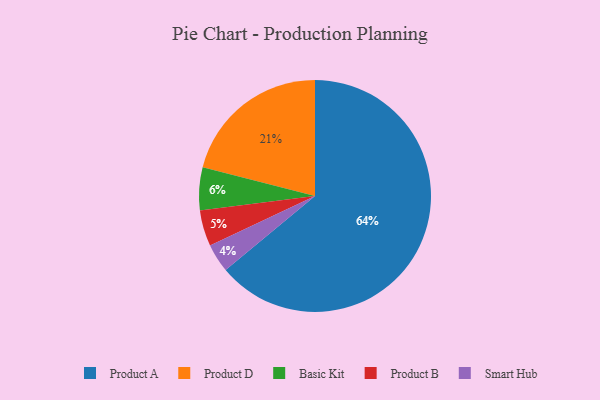
{"axis": {"x": "Category", "y": "Percentage"}, "legend": ["Basic Kit", "Product A", "Product B", "Product D", "Smart Hub"], "data": [{"x": "Product B", "y": 5, "type": "Product B"}, {"x": "Smart Hub", "y": 4, "type": "Smart Hub"}, {"x": "Product D", "y": 21, "type": "Product D"}, {"x": "Product A", "y": 64, "type": "Product A"}, {"x": "Basic Kit", "y": 6, "type": "Basic Kit"}]}